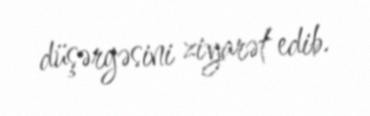
düşərgəsini ziyarət edib.